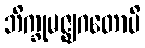
ဘိက္ခုမဇ္ဈဂတောပိ